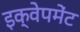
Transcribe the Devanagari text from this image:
इक्वेपमेंट